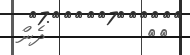
٥٢         ދެން